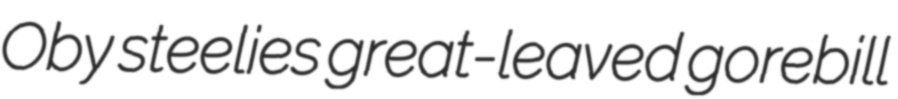
Oby steelies great-leaved gorebill